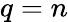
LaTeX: q=n